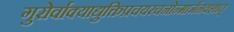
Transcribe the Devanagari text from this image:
गुरोर्वाक्याद्युक्तिप्रचयरचनोन्मार्जनवशात्